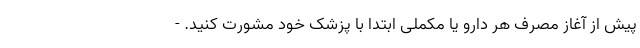
پیش از آغاز مصرف هر دارو یا مکملی ابتدا با پزشک خود مشورت کنید. -